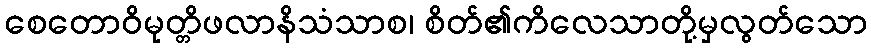
စေတောဝိမုတ္တိဖလာနိသံသာစ၊ စိတ်၏ကိလေသာတို့မှလွတ်သော